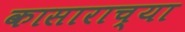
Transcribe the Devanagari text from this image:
कासाराच्या